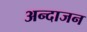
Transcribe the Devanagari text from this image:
अन्दाजन